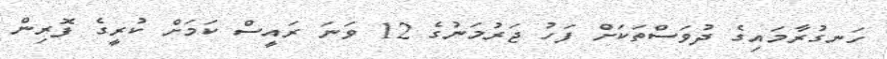
ހަނގުރާމައިގެ ދުވަސްތަކަށް ފަހު ޖަރުމަނުގެ 12 ވަނަ ރައީސް ކަމަށް ކުރީގެ ފޮރިން